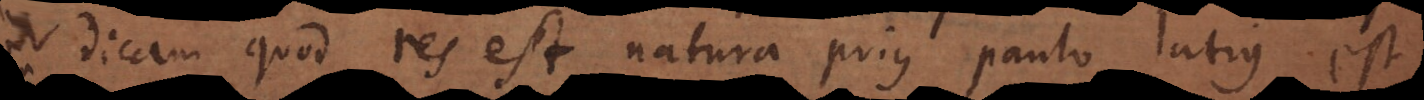
dicam quod res est natura prius paulo latius est: